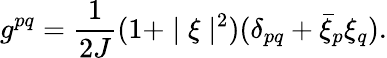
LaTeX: g^{pq}=\frac{1}{2J}(1+\mid\xi\mid^{2})(\delta_{pq}+{\bar{\xi}}_{p}\xi_{q}).